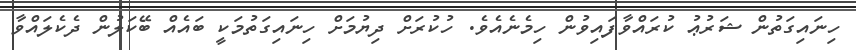
ހިނައިގަތުން ޝަރުޢު ކުރައްވާފައިވުން ހިމެނެއެވެ. ހުކުރަށް ދިޔުމަށް ހިނައިގަތުމަކީ ބައެއް ބޭކަލުން ދެކެލައްވާ